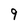
Character: 9